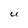
Character: U